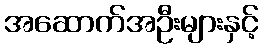
အဆောက်အဦးများနှင့်